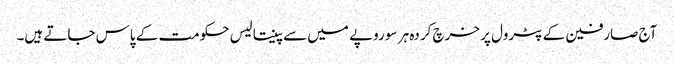
آج صارفین کے پٹرول پر خرچ کردہ ہر سو روپے میں سے پینتالیس حکومت کے پاس جاتے ہیں۔